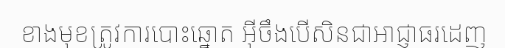
ខាងមុខត្រូវការបោះឆ្នោត អ៊ីចឹងបើសិនជាអាជ្ញាធរដេញ